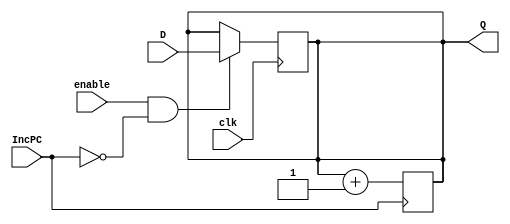
module pcReg32(
	input clk, IncPC, enable,
	input [31:0] D,
	output reg[31:0] Q);
	initial Q = 0;
	
	always @(posedge clk)
		begin	
			if(enable ==1 && IncPC ==0) Q=D;
		end
		
	always @(posedge IncPC)
		begin
		Q = Q+1;
		end
	endmodule